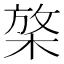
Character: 𱣬